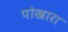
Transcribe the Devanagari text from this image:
पोखारा